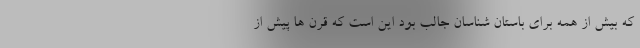
که بیش از همه برای باستان شناسان جالب بود این است که قرن ها پیش از